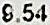
9.54